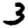
Digit: 3